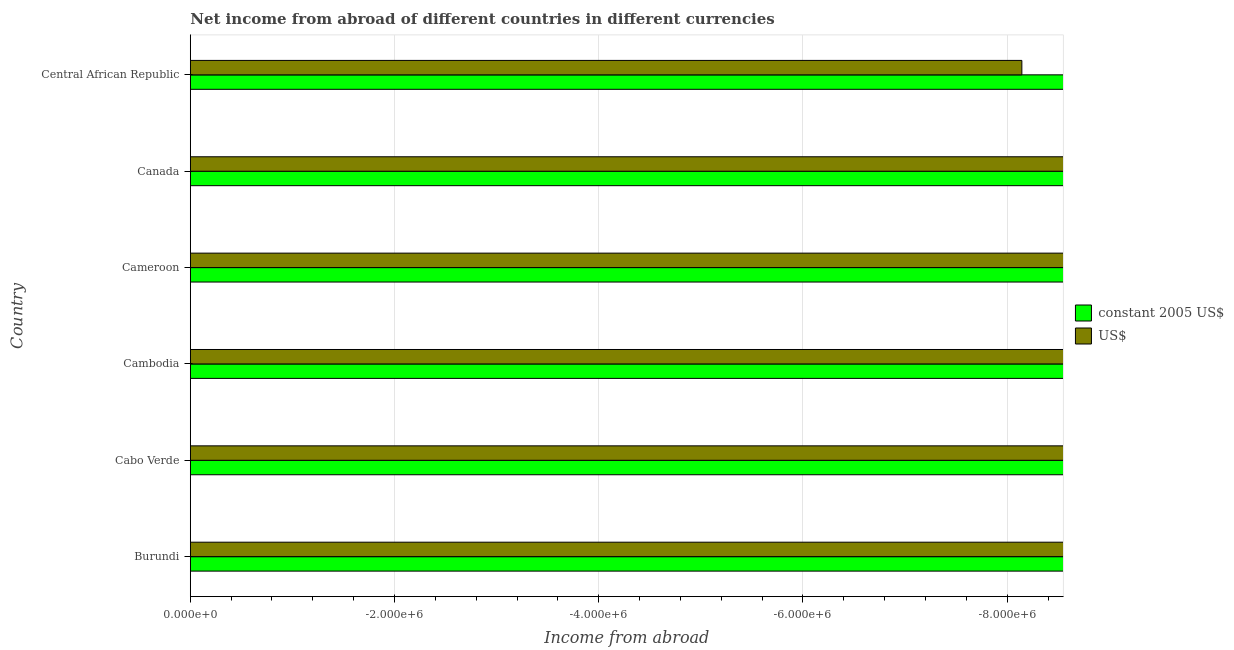
| Country | constant 2005 US$ | US$ |
 | --- | --- | --- |
 | Burundi | -6.37e+09 | -1.13e+07 |
 | Cabo Verde | -9.18e+08 | -8.87e+06 |
 | Cambodia | -3.65e+11 | -9.61e+07 |
 | Cameroon | -2.75e+11 | -4.68e+08 |
 | Canada | -3.39e+10 | -2.28e+10 |
 | Central African Republic | -5.01e+09 | -8.14e+06 |